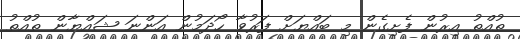
ތުއްތު އިރުން ފެށިގެން މި ބައްޔަށް ފަރުވާ ހޯދަމުން އަންނަ ޝައްޔާން ތުއްތު